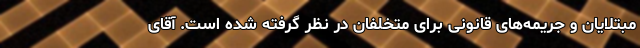
مبتلایان و جریمه‌های قانونی برای متخلفان در نظر گرفته شده است. آقای